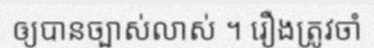
ឲ្យបានច្បាស់លាស់ ។ រឿងត្រូវចាំ